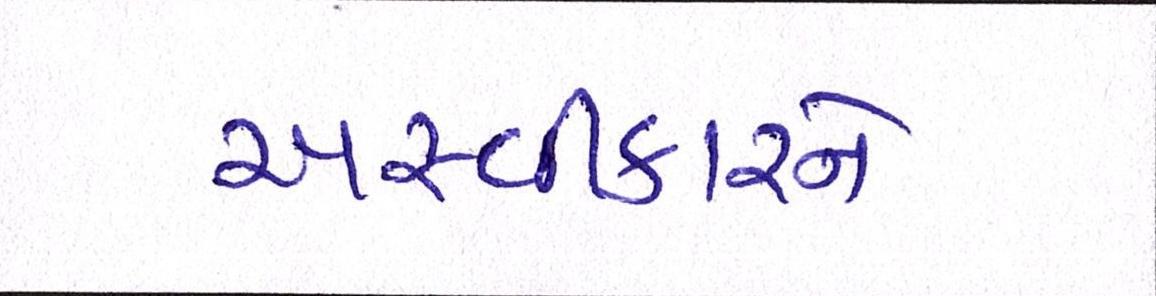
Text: અસ્વીકારને